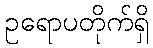
ဥရောပတိုက်ရှိ